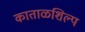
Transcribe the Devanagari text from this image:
काताळशिल्प